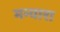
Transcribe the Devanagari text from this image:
मन्यारा